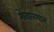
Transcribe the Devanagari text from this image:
शेवाळ्यात